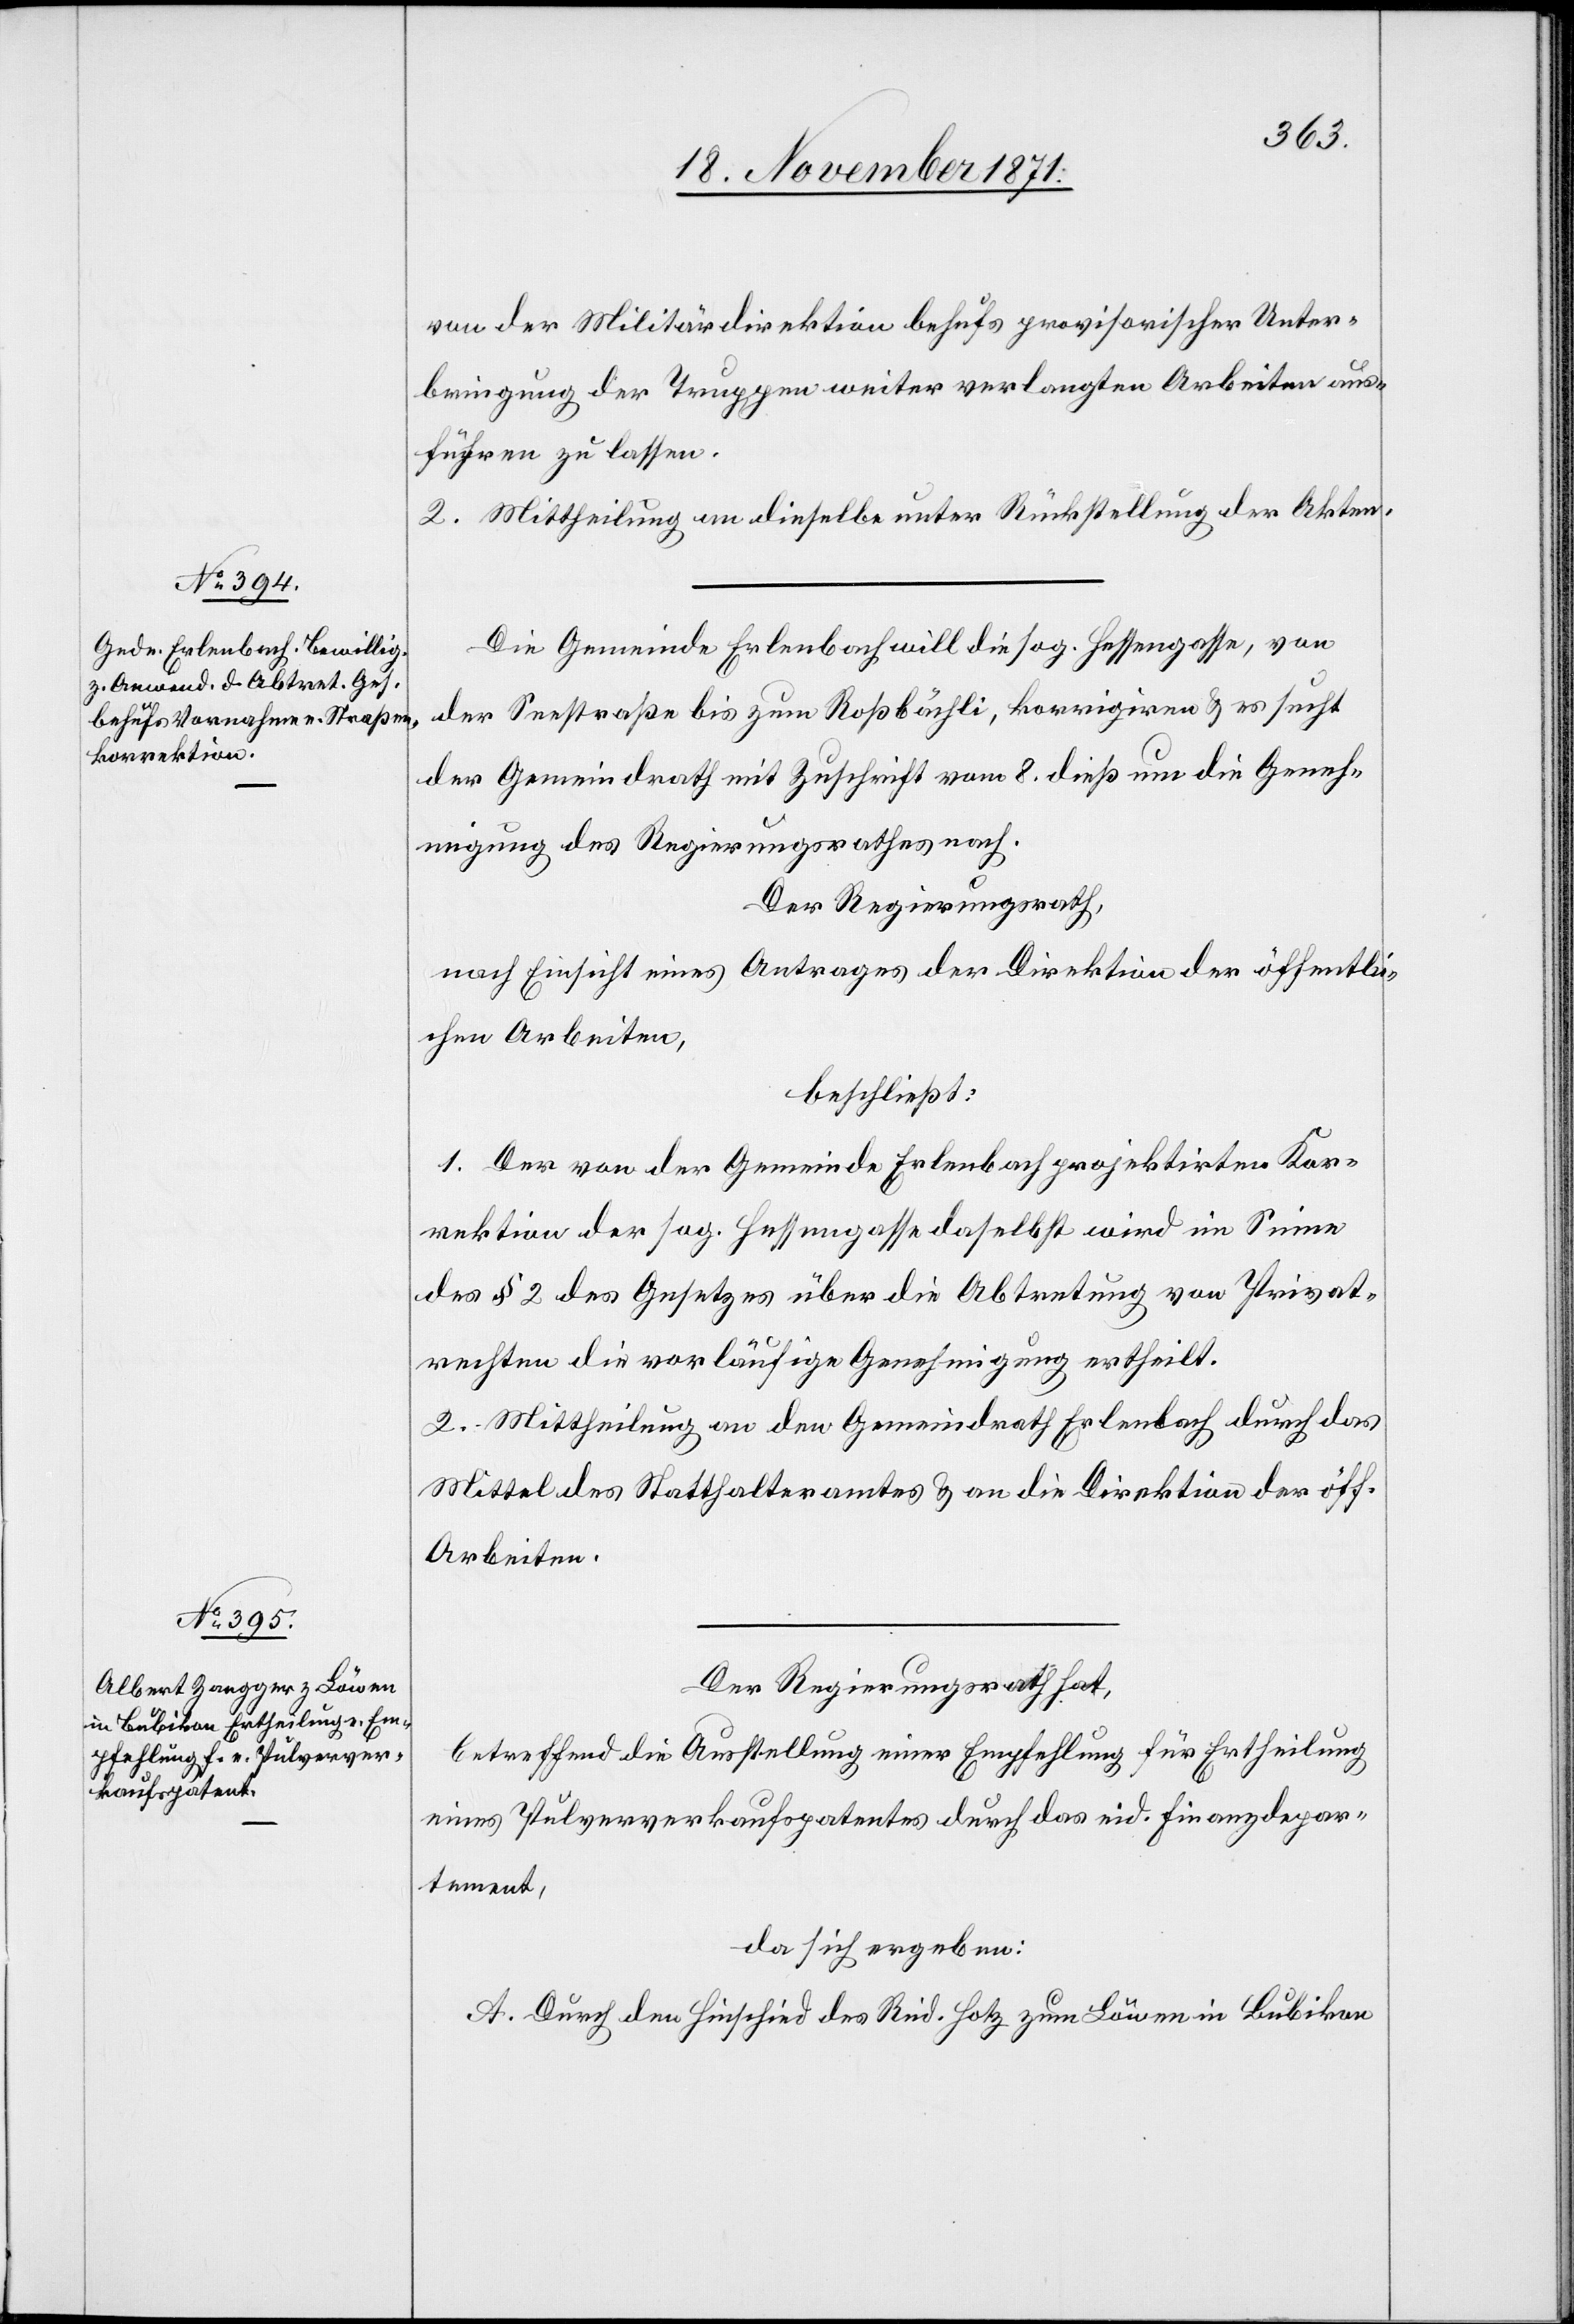
von der Militärdirektion behufs provisorischer Unter¬
bringung der Truppen weiter verlangten Arbeiten aus¬
führen zu lassen.
2. Mittheilung an dieselbe unter Rückstellung der Akten.
Die Gemeinde Erlenbach will die sog. Fessengasse, von
der Seestraße bis zum Roßbächli, korrigiren & es sucht
der Gemeindrath mit Zuschrift vom 8. dieß um die Geneh¬
migung des Regierungsrathes nach.
Der Regierungsrath,
nach Einsicht eines Antrages der Direktion der öffentli¬
chen Arbeiten,
beschließt:
1. Der von der Gemeinde Erlenbach projektirten Kor¬
rektion der sog. Fessengasse daselbst wird im Sinne
des § 2 des Gesetzes über die Abtretung von Privat¬
rechten die vorläufige Genehmigung ertheilt.
2. Mittheilung an den Gemeindrath Erlenbach durch das
Mittel des Statthalteramtes & an die Direktion der öff.
Arbeiten.
Der Regierungsrath hat,
betreffend die Ausstellung einer Empfehlung für Ertheilung
eines Pulververkaufspatentes durch das eid. Finanzdepar¬
tement,
da sich ergeben:
A. Durch den Hinschied des Rud. Hotz zum Löwen in Bubikon